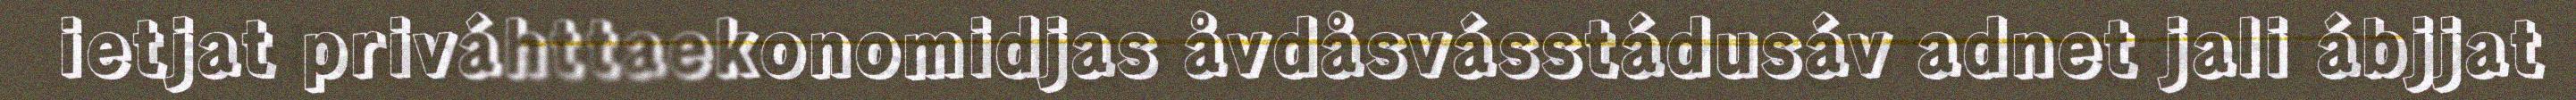
ietjat priváhttaekonomidjas åvdåsvásstádusáv adnet jali ábjjat